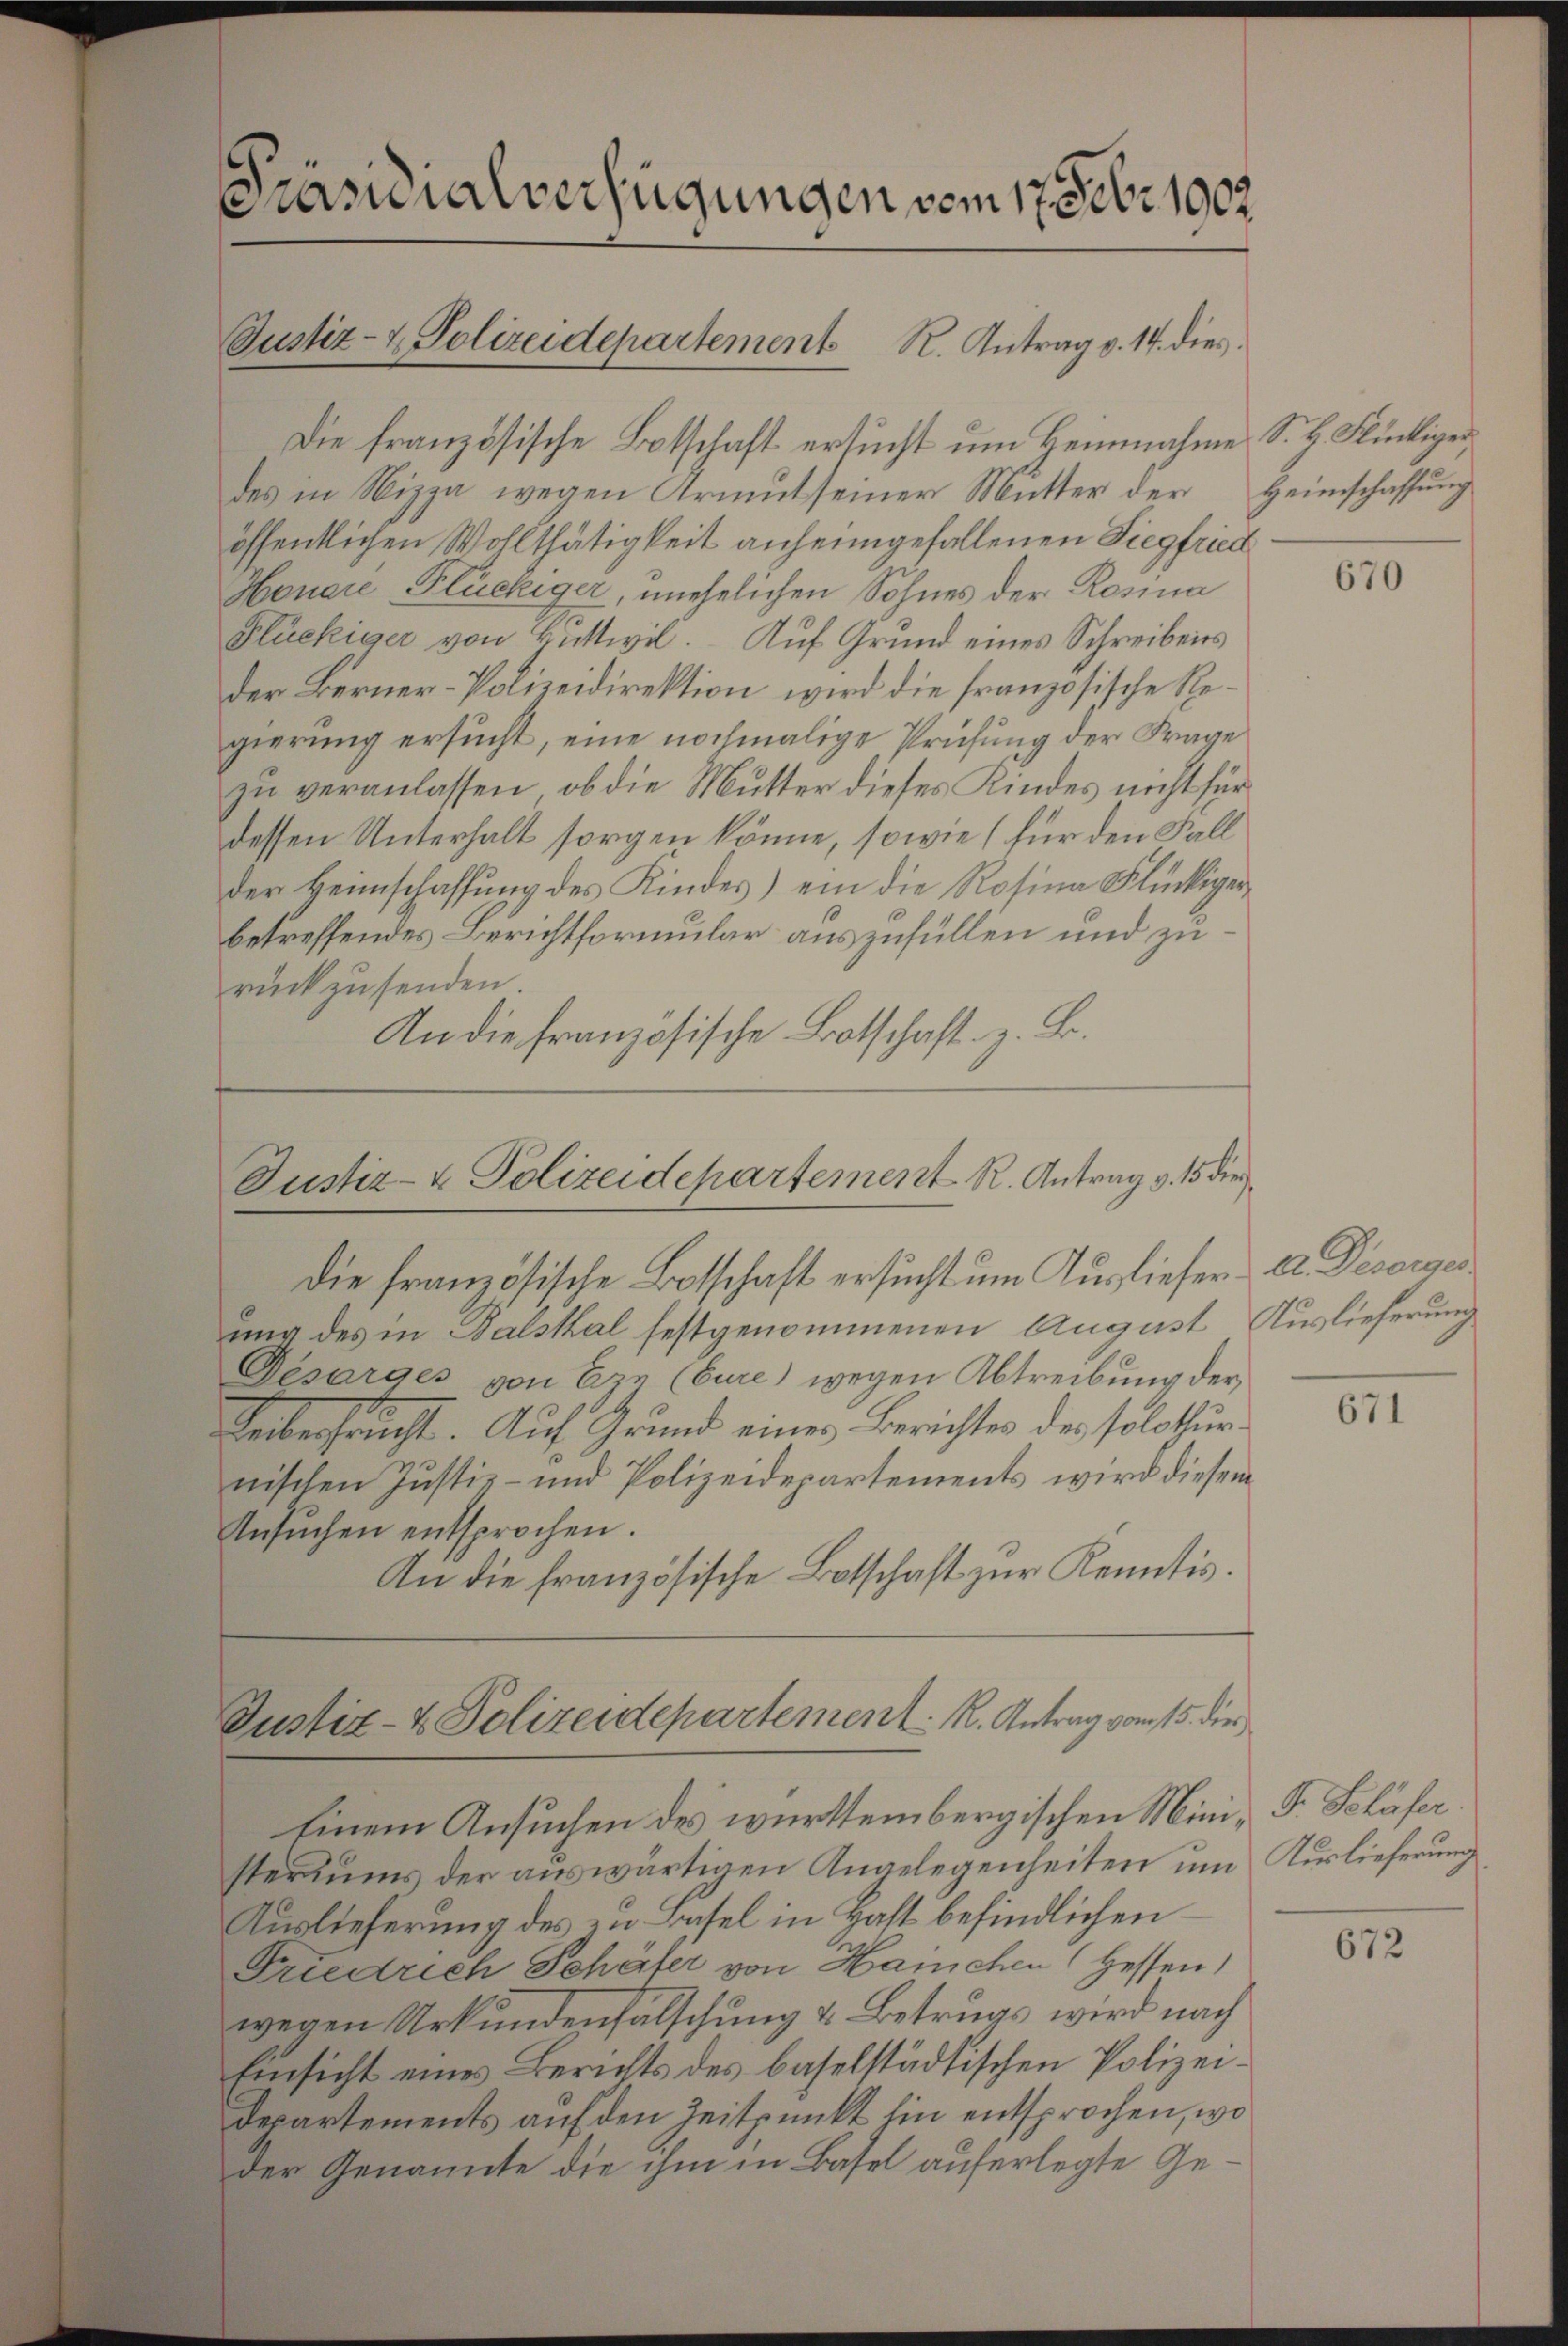
Präsidialverfügungen vom 17. Febr. 1902.
Justiz- & Polizeidepartement K. Antrag v. 14. dies

Die französische Botschaft ersucht um Heinnahme S. B. Flückiger
des in Nizza wegen Armutseiner Mutter der Heimschaffung
öffentlichen Wohlthätigkeit anheimgefallenen Siegfried
Honare Flückiger, unehelichen Sohnes der Rosina
Flückiger von Bittwil. Auf Grund eines Schreibens
Der Berner-Polizeidirektion wird die französische Regierung ersucht, eine nochmalige Prüfung der Frage
zŭ veranlassen, ob die Mutter dieses Kindes nicht für
dessen Unterhalt sorgen könne, sowie (für den Fall
der Heimschaffung des Kindes) ein die Rosina Flückiger
betreffendes Berichtformular auszufüllen und zu
rückzusenden.
An die französische Botschaft z. B.

Justiz- & Polizeidepartement R. Antrag v. 15 die
die französische Botschaft ersucht um Ausliefer A. Deserges

ung des in Balstal festgenommenen August Auslieferung
Desarges von Ein (Cure) wegen Abtreibung der
Leibersaucht. Auf Grund eines Berichtes der Polothurnischen Justiz- und Polizeidepartements wird diesem
Ansŭchen entsprochen.
An die französische Botschaft zur Kenntis.

Justiz- & Polizeidepartement. K. Antrag vom 15. die

Einem Ansuchen des württembergischen Mini- Fr. Schäfer
steriums der auswärtigen Angelegenheiten um Kurlieferung
Auslieferung des zu Basel in Haft befindlichen
Friedrich Schäter von Hainchen Hessen,
wegen Urkundenfalschung u. Betrugs wird nach
Einsicht eines Berichts des baselstädtischen Polizei¬
Departements auf den Zeitpunkt hin entsprochen, wo
der Genannte die ihm in Basel auferlegte Ge¬

670

671

672